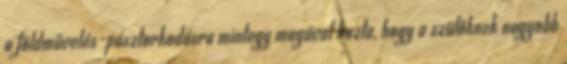
a földművelés-pásztorkodásra mintegy magával hozta, hogy a szülőknek nagyobb